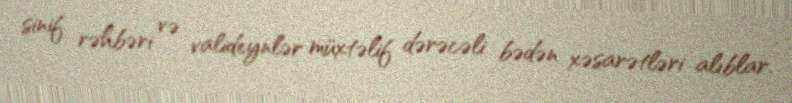
sinif rəhbəri və valideynlər müxtəlif dərəcəli bədən xəsarətləri alıblar.